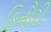
કિનૌરી